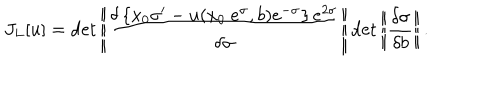
J _ { L } [ u ] = \det \left| \! \left| \frac { \delta \left\{ x _ { 0 } \sigma ^ { \prime } - u ( x _ { 0 } ~ e ^ { \sigma } , b ) e ^ { - \sigma } \right\} e ^ { 2 \sigma } } { \delta \sigma } \right| \! \right| \det \left| \! \left| \frac { \delta \sigma } { \delta b } \right| \! \right| .